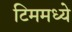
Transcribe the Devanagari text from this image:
टिममध्ये